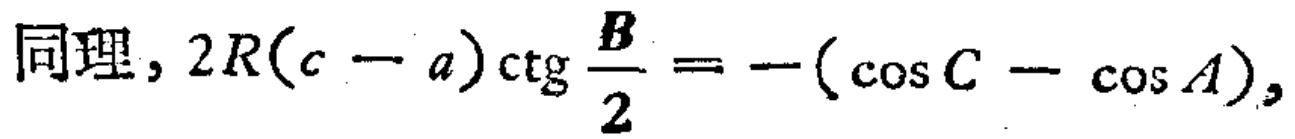
同理, \(2R(c - a)\mathrm{ctg} \frac{B}{2} = -(\cos C - \cos A)\)